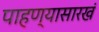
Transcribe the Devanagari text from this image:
पाहण्यासारखं